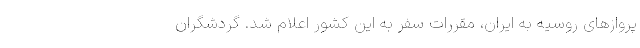
پروازهای روسیه به ایران، مقررات سفر به این کشور اعلام شد. گردشگران